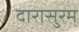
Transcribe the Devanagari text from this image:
दारासुरम्